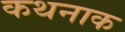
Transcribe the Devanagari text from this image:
कथनाक